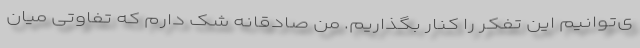
ی‌توانیم این تفکر را کنار بگذاریم. من صادقانه شک دارم که تفاوتی میان